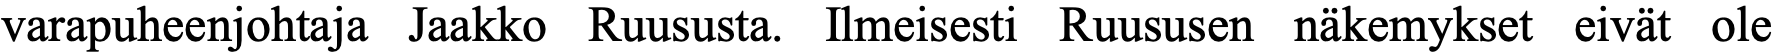
varapuheenjohtaja Jaakko Ruususta. Ilmeisesti Ruususen näkemykset eivät ole